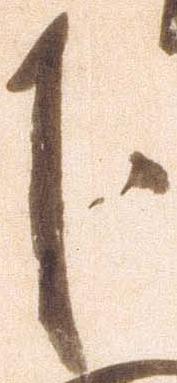
下